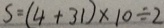
S = ( 4 + 3 1 ) \times 1 0 \div 2